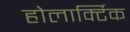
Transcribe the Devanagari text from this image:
होलार्क्टिक